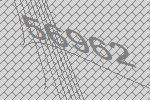
56962